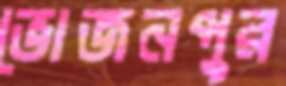
ভোজনপুর